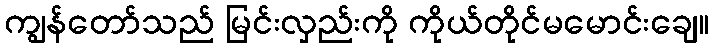
ကျွန်တော်သည် မြင်းလှည်းကို ကိုယ်တိုင်မမောင်းချေ။